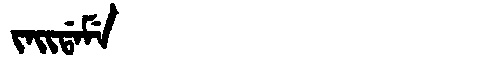
Manchu: ᠵᠠᡳᡩᠠᠮᡝ
Romanization: JAIDAME